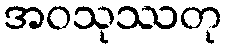
အဝသုဿတု